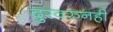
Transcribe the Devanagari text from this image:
दुरवरुनही